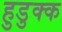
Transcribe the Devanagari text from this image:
हुडुक्क